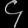
Digit: ၄